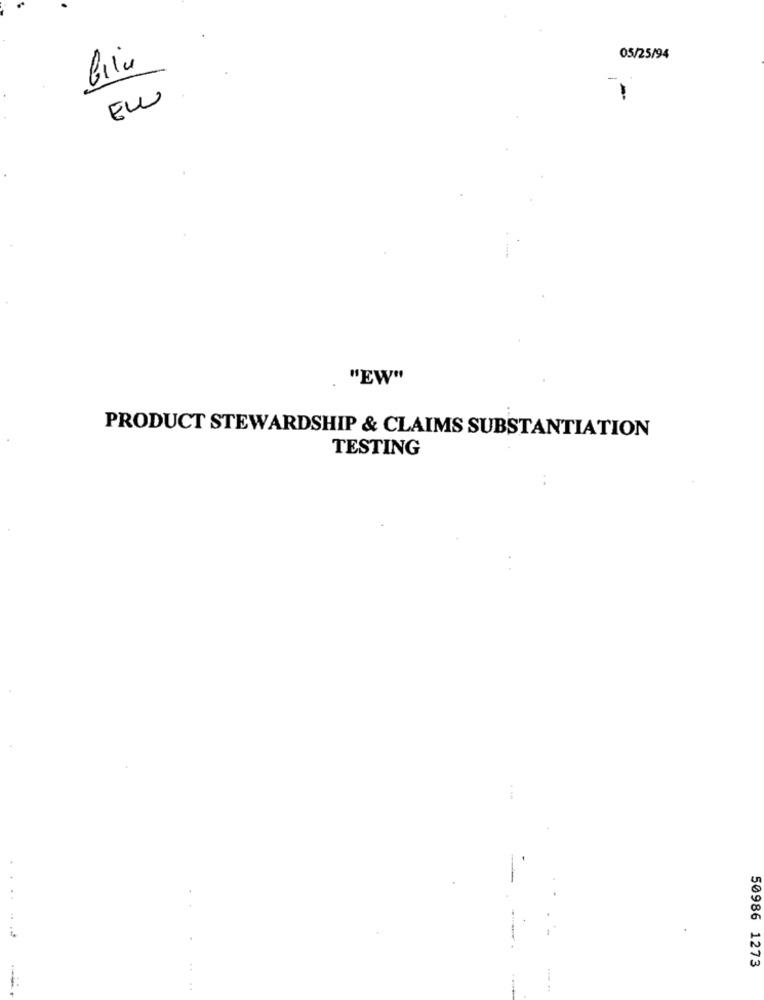
05/25/94
-
EL
"EW"
PRODUCT STEWARDSHIP & CLAIMS SUBSTANTIATION
TESTING
50986 1273